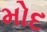
મોદ